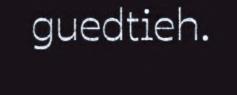
guedtieh.